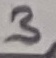
Text: 3